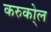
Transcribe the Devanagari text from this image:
करुको्ल